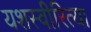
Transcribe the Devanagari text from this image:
यशस्‍वीरित्‍या